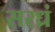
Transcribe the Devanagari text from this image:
सरध्रं